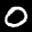
Label: 0